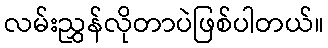
လမ်းညွှန်လိုတာပဲဖြစ်ပါတယ်။